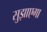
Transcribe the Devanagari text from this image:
सुझाएगा